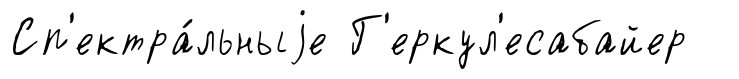
Сп'ектра́льныjе Г'еркул'есабайер